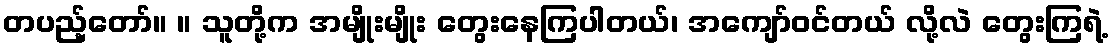
တပည့်တော်။ ။ သူတို့က အမျိုးမျိုး တွေးနေကြပါတယ်၊ အကျော်ဝင်တယ် လို့လဲ တွေးကြရဲ့